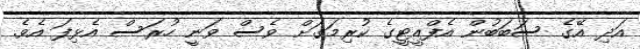
އަދި އޭގެ ސަބަބުން އެފްއީޓީގެ ކުރިމަގަށް ވެސް ވަނީ ހުރަސް އެޅިފަ އެވެ.